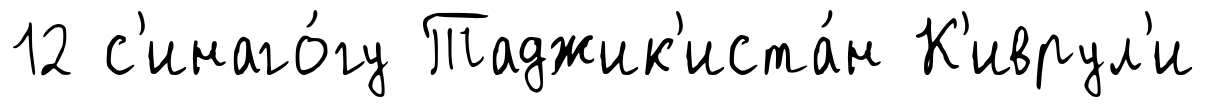
12 с'инаго́гу Таджик'иста́н К'иврул'и